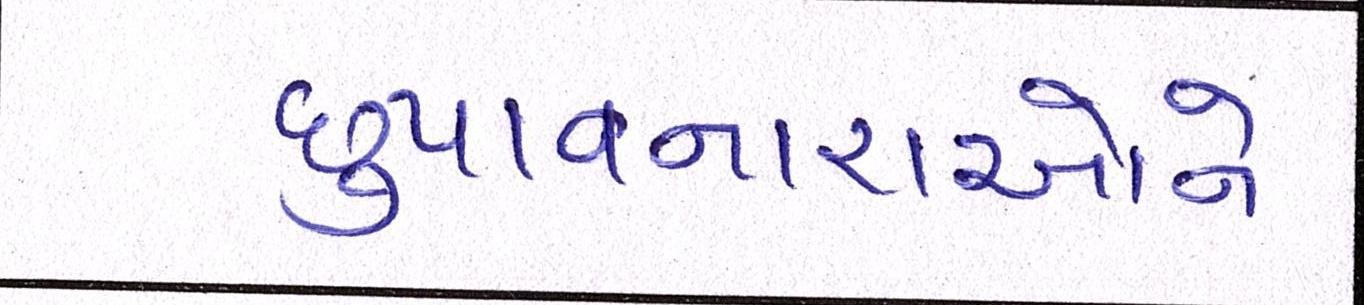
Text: છુપાવનારાઓને